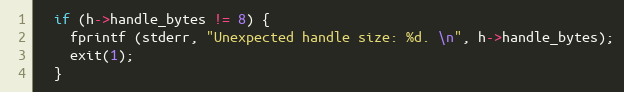
Language: C
  if (h->handle_bytes != 8) {
    fprintf (stderr, "Unexpected handle size: %d. \n", h->handle_bytes);
    exit(1);
  }